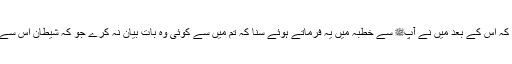
سیدنا جابرؓ نے کہا کہ اس کے بعد میں نے آپﷺ سے خطبہ میں یہ فرماتے ہوئے سنا کہ تم میں سے کوئی وہ بات بیان نہ کرے جو کہ شیطان اس سے خواب میں کھیلے۔